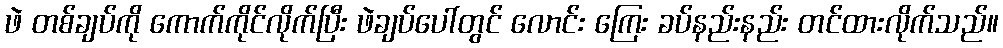
ဖဲ တစ်ချပ်ကို ကောက်ကိုင်လိုက်ပြီး ဖဲချပ်ပေါ်တွင် လောင်း ကြေး ခပ်နည်းနည်း တင်ထားလိုက်သည်။